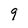
Character: 9